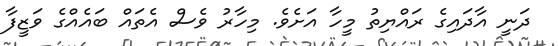
ދަނީ އާދައިގެ ރައްޔިތު މީހާ އަށެވެ. މިހާރު ވެސް އެތައް ބައެއްގެ ވަޒީފާ